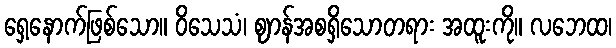
ရှေ့နောက်ဖြစ်သော။ ဝိသေသံ၊ ဈာန်အစရှိသောတရား အထူးကို။ လဘေထ၊